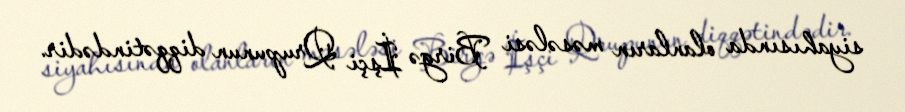
siyahısında olanların məsələsi Birgə İşçi Qrupunun diqqətindədir.